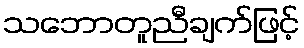
သဘောတူညီချက်ဖြင့်